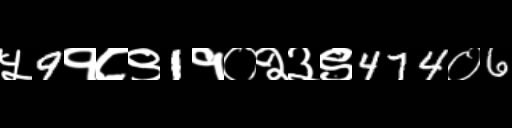
Text: ५9१८९1१०२३९474०6